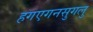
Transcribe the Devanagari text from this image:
हगएगनसुगलु